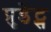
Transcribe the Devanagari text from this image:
प्रुडेंट्स